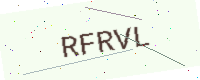
Text: RFRVL